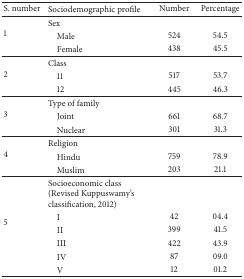
| S. number | Sociodemographic profile | Number | Percentage |
 | --- | --- | --- | --- |
 | <ROWSPAN=3> 1 | Sex |  |  |
 | Male | 524 | 54.5 |
 | Female | 438 | 45.5 |
 | <ROWSPAN=3> 2 | Class |  |  |
 | 11 | 517 | 53.7 |
 | 12 | 445 | 46.3 |
 | <ROWSPAN=3> 3 | Type of family |  |  |
 | Joint | 661 | 68.7 |
 | Nuclear | 301 | 31.3 |
 | <ROWSPAN=3> 4 | Religion |  |  |
 | Hindu | 759 | 78.9 |
 | Muslim | 203 | 21.1 |
 | <ROWSPAN=6> 5 | Socioeconomic class (Revised Kuppuswamy's classification, 2012) |  |  |
 | I | 42 | 04.4 |
 | II | 399 | 41.5 |
 | III | 422 | 43.9 |
 | IV | 87 | 09.0 |
 | V | 12 | 01.2 |